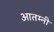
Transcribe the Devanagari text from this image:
आतम्नी